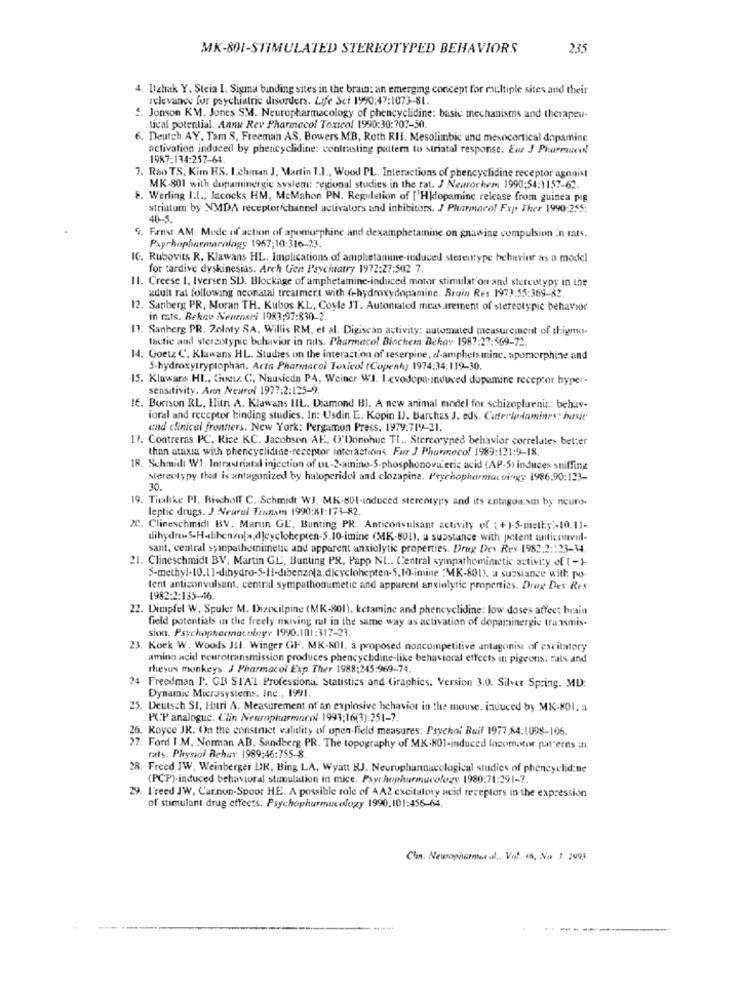
MK-801-STIMULATED STEREOTYPED BEHAVIORS
235
4. Itzhak Y. Steia I. Sigma binding sites in the brain; an emerging concept for multiple sites and their
relevance for psychiatric disorders. Life Set 1990:47:1073-81.
2. Jonson KM, Jones SM. Neuropharmacology of phencyclidine: basic mechanisms and therapeu-
tical potential. Annu Rev Pharmacol Toxicol 1990:30:702-50.
6. Deutch AY, Tam S, Freeman AS, Bowers MB, Roth RII. Mesolimbic and mesocortical dopamine
activation induced by phencyclidine: contrasting pattern to striatal response. Eur J PharmaceN
1987:134:257-64
7. Rao TS, Kim HS. I.chian J, Martin I.l ., Wood PL. Interactions of phencyclidine receptor agonist
MK-801 with dopaminergie system: regional studies in the rat. J Neurorhem 1990:54:1157-62.
8. Werling I.I ., Jacocks HM, McMahon PN. Regulation of ['HIdopamine release from guinea pig
striatum by NMDA receptor/channel activators und inhibitors. J Pharmaco! Exp Ther 1990:255:
40-5.
. Frnst AM. Mode of action of apomorphine and dexamphetamine on gnawing compulsion in mats.
Psychopharmarology 1967;10:316-23.
IC. Rubovits R, Klawans HL. Implications of amphetamine-induced sterentype hehevier as a model
for tardive dyskinesias. Arch Gen Psychiatry 1972:27:502 7
11. Creese 1. Iversen SD. Blockage of amphetamine-induced motor stimulat'on and stereotypy in the
adult rat following neonatal treatment with (-hydroxydopamine. Brain Res 1973:55:369-82
12. Sanberg PR, Moran TH, Kubos KL, Coyle JT. Automated measurement of stereotypic behavior
in rats. Rekav Neueneri 1983;97:830-2.
11. Sanberg PR. Zoloty SA, Willis RM, et al. Digiscan activity: automated measurement of thigma-
lactic and sterzotypic behavior in nuts. Pharmacol Biochem Bekar 1987:27:569-72.
14. Goetz C', Klawans HL. Studies on the interaction of reserpine, d'-amphelsininc. spomorphine and
S-hydroxytryptophan. Acta Pharmacoi Toxicol (Copenha) 1974:34:119-30.
IS. Klawans HL, Giuct. C, Nausieda PA, Weiner WI. I evodopa-induced dopamine receptor hyper-
sensitivity. Ann Neurol 1977:2:125-9.
IE. Borison RL, Hitri A. Klawans IIL. Diamond Bl. A new animal model for schizoplurnur .; behav-
ioral and receptor binding studies. In: Usdin E. Kopin IJ. Barches J. eds. Catrellamines: hasie
and clinical frontiers. New York: Pergamon Press. 1979.719-21.
17. Contreras PC, Rice KC. Jacobsen AE, O'Donohue TI .. Stereotyped behavior correlate> better
than ataxia with phencyclidine-receptor interactions. Fur J Pharmecol 1989:121:9-18.
18. Schmidt W1. Intrastriatal injection of ut-2-amino-S-phosphonova.eric acid (AP-5) induces sniffing
stereotypy that is antagonized by haloperidol and clozapine. Prychopharmat tingy 1986:90:123-
30.
19. Tielike PI, Rischoff C. Schmidt WJ. MK-801-induced stereotypy and its entagon.sm by neuro.
leptic drugs. I Neural Transm 1990:81:173-82.
2C. Clineschmidt BV. Marun GE, Bunting PR. Anticonvulsant activity of : +)-5-matky ;- 10.11-
dihydro-S-H-dibenzo(a,d]cyclohepten-5.10-imine (MK-800), a substance with potent anticonvul-
sant, central sympathomimetic and apparent anxiolytic properties. Drug Des Res 1982:2:123-34.
21. Clineschmidt BV, Martin GL, Bunting PX, Papp Nt .. Central sympathomimetic activity of (-)-
5-methyl-10.11-dihydro-5-Ii-dibenzola,dicyclohepten-5,10-imine "MK-801), a substance with: po-
tent anticonvulsant, central sympathonumetic and apparent anxinlyric properties. Drag Der Res
1982:2:135-46.
22. Dimpfel W, Spuler M. Dizocilpine (MK-801), ketamine and phencyclidine: low doses atfect brain
field potentials in the freely nurving ruf in the same way as activation of dopaminergic transmis.
sion. Psychopharmacology 1990:101:317-21.
23. Koek W. Woods JII. Winger GF. MK-501, a proposed noncompetitive antagonist of excitatory
amino acid neurotransmission produces phencyclidine-like behavioral effects in pigeons. rats and
rhesus monkeys. J Pharmacol Exp Ther 1988:245:969-74.
4 Freedman P. GR STAT Professiona. Statistics and Graphics. Version 3.0. Silver Spring. MD:
Dynamic Microsystems, Inc ., 1991.
25. Deutsch SI, Huri A. Measurement of an explosive behavior in the mouse, induced by MK-801. a
PCP analogue. Clin Neuropharmacol 1993;16(3):251-7.
26. Royce JR. On the construct validity of upen field measures. Psychoi Buil 1977;84.1098-106.
27. Ford I.M. Norman AB. Sandberg PR. The topography of MK-801-induced locomotor patterns in
rats. Physiol Rehur 1989:46:755-8
28. Freed JW, Weinberger UK, Bing LA, Wyatt RJ. Neuruphantnacclogical studies of phencyclid:ne
(PCP)-induced behavioral stimulation in mice. Psychopharmacology 1980;71:291-7.
29. I'reed JW, Carnon-Spoor HE. A possible role of AA2 excitatory acid receptors in the expression
of stimulant drug effects. Psychophurmucology 1990,101:456-64.
Clin. Neuropharma .d ., Vol. in, No 3 1993